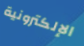
الإلكترونية